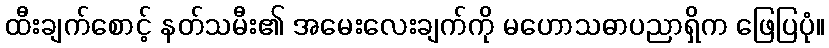
ထီးချက်စောင့် နတ်သမီး၏ အမေးလေးချက်ကို မဟောသဓာပညာရှိက ဖြေပြပုံ။